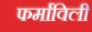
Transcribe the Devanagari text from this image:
फर्माविली